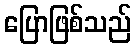
ပြောဖြစ်သည်